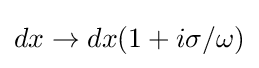
dx\to dx(1+i\sigma /\omega )